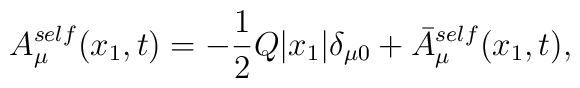
A_{\mu}^{self}(x_1,t) = -\frac{1}{2} Q|x_1| {\delta}_{{\mu}0}+ \bar{A}_{\mu}^{self}(x_1,t),